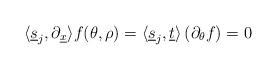
LaTeX: \begin{align*}\langle\underline s_j,\partial_{\underline x}\rangle f(\theta,\rho)=\langle\underline s_j,\underline t\rangle\left(\partial_{\theta}f\right)=0\end{align*}